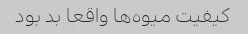
کیفیت میوه‌ها واقعا بد بود